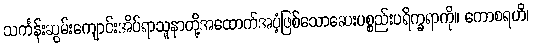
သင်္ကန်းဆွမ်းကျောင်းအိပ်ရာသူနာတို့အထောက်အပံ့ဖြစ်သောဆေးပစ္စည်းပရိက္ခရာကို။ ကောစရဟိ၊